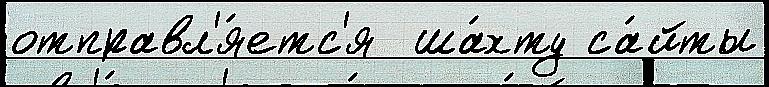
отправл'я́етс'я  ша́хту са́йты